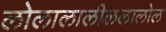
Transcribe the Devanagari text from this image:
लोलालालीललालोल